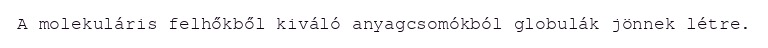
A molekuláris felhőkből kiváló anyagcsomókból globulák jönnek létre.